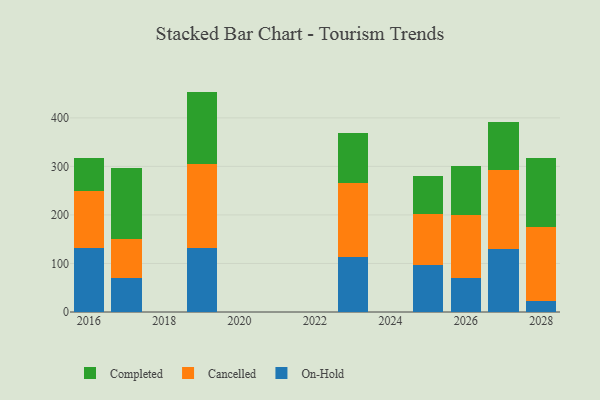
{"axis": {"x": "Year", "y": "Backlog"}, "legend": ["Cancelled", "Completed", "On-Hold"], "data": [{"x": "2017", "y": 70.8, "type": "On-Hold"}, {"x": "2017", "y": 79.2, "type": "Cancelled"}, {"x": "2017", "y": 147.7, "type": "Completed"}, {"x": "2025", "y": 97.4, "type": "On-Hold"}, {"x": "2025", "y": 104.9, "type": "Cancelled"}, {"x": "2025", "y": 77.1, "type": "Completed"}, {"x": "2023", "y": 113.8, "type": "On-Hold"}, {"x": "2023", "y": 152.5, "type": "Cancelled"}, {"x": "2023", "y": 103.4, "type": "Completed"}, {"x": "2019", "y": 131.1, "type": "On-Hold"}, {"x": "2019", "y": 174.0, "type": "Cancelled"}, {"x": "2019", "y": 149.0, "type": "Completed"}, {"x": "2026", "y": 70.5, "type": "On-Hold"}, {"x": "2026", "y": 129.0, "type": "Cancelled"}, {"x": "2026", "y": 102.2, "type": "Completed"}, {"x": "2028", "y": 21.8, "type": "On-Hold"}, {"x": "2028", "y": 153.8, "type": "Cancelled"}, {"x": "2028", "y": 140.7, "type": "Completed"}, {"x": "2016", "y": 131.4, "type": "On-Hold"}, {"x": "2016", "y": 117.4, "type": "Cancelled"}, {"x": "2016", "y": 69.3, "type": "Completed"}, {"x": "2027", "y": 130.7, "type": "On-Hold"}, {"x": "2027", "y": 162.1, "type": "Cancelled"}, {"x": "2027", "y": 98.4, "type": "Completed"}]}